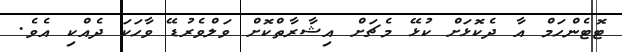
ޓޮޓެންހަމް އާ ދެކޮޅަށް ކުޅޭ މެޗަށް އިޝާރާތްކޮށް ވަލްވެރުޑޭ ވާހަކަ ދެއްކި އެވެ.